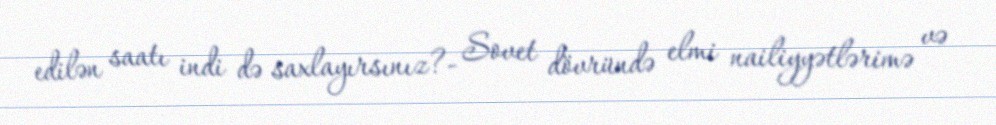
edilən saatı indi də saxlayırsınız?- Sovet dövründə elmi nailiyyətlərimə və